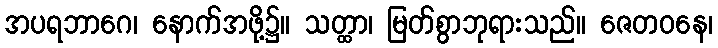
အပရဘာဂေ၊ နောက်အဖို့၌။ သတ္ထာ၊ မြတ်စွာဘုရားသည်။ ဇေတဝနေ၊